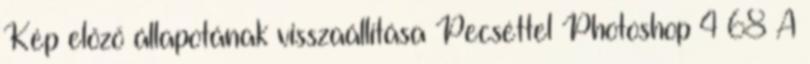
Kép előző állapotának visszaállítása Pecséttel Photoshop 4 68 A